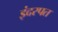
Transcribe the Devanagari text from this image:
इंदरपत